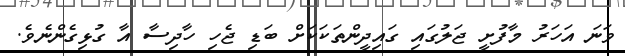
ވަނަ އަހަރު މާފުށީ ޖަލުގައި ގައިދީންތަކަކަށް ބަޑި ޖެހި ހާދިސާ އާ ގުޅިގެންނެވެ.